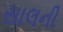
સાલની